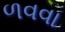
ળવવા